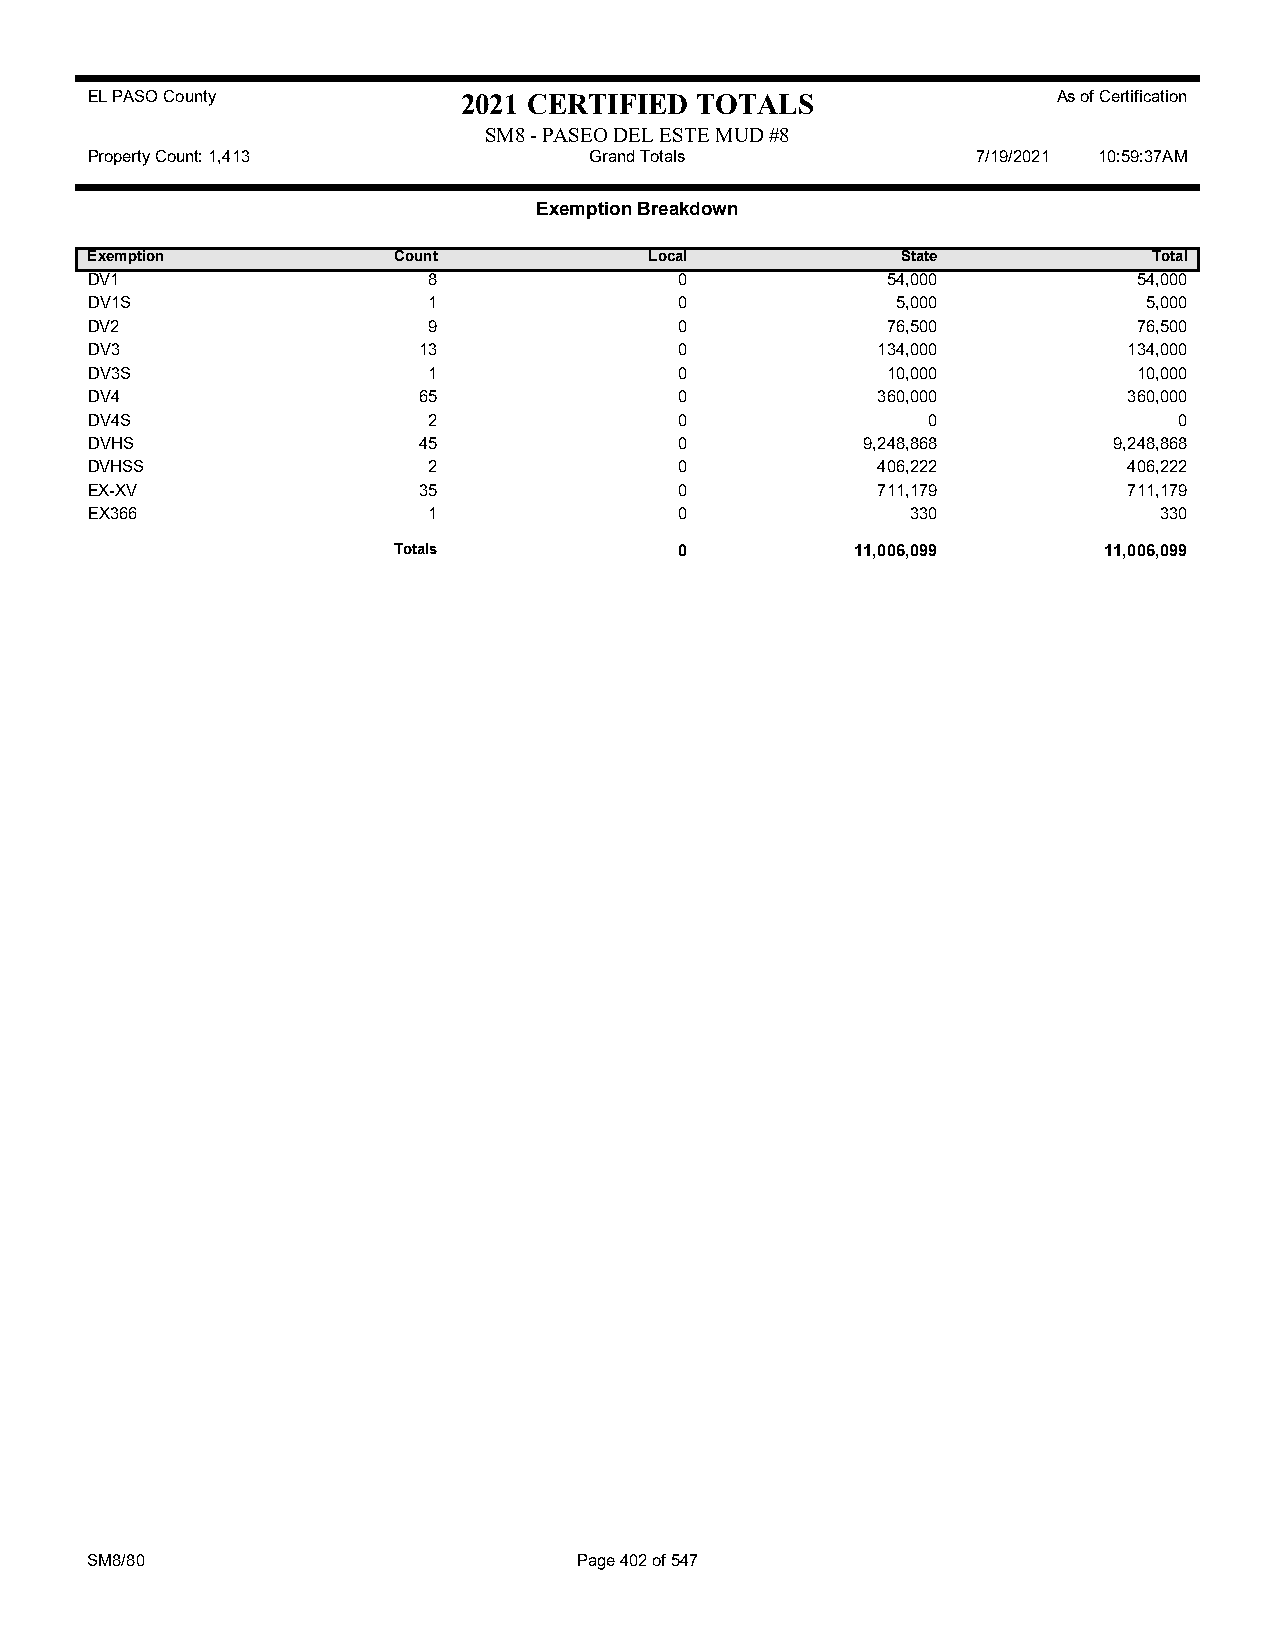
EL PASO County           2021 CERTIFIED TOTALS                  As of Certification
 SM8 - PASEO DEL ESTE MUD #8
 Property Count: 1,413            Grand Totals              7/19/2021 10:59:37AM
 Exemption Breakdown
 Exemption           Count            Local            State           Total
 DV1                   8                0             54,000          54,000
 DV1S                  1                0             5,000            5,000
 DV2                   9                0             76,500          76,500
 DV3                   13               0            134,000          134,000
 DV3S                  1                0             10,000          10,000
 DV4                   65               0            360,000          360,000
 DV4S                  2                0               0                0
 DVHS                  45               0           9,248,868        9,248,868
 DVHSS                 2                0            406,222          406,222
 EX-XV                 35               0            711,179          711,179
 EX366                 1                0              330              330
 Totals             0           11,006,099      11,006,099
 SM8/80                          Page 402 of 547